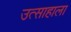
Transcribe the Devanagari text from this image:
उत्साहाला